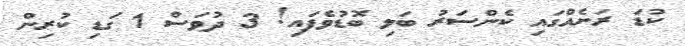
ކުޑަ ރަށެއްގައި ކެންސަރު ބަލި ބޮޑުވެފައި! 3 ދުވަސް 1 ގަޑި ކުރިން